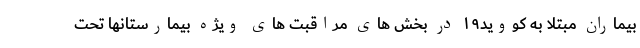
بیماران مبتلا به کووید۱۹ در بخش های مراقبت های ویژه بیمارستانها تحت